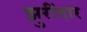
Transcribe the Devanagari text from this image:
झुरींदार